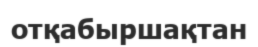
отқабыршақтан